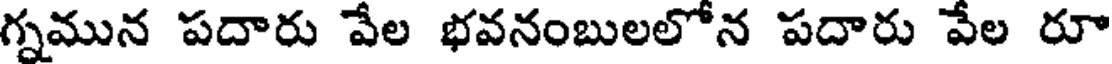
గ్నమున పదారు వేల భవనంబులలోన పదారు వేల రూ